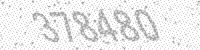
Solution: 378480